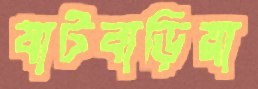
ষাটবাড়িয়া